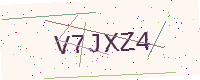
Text: V7JXZ4